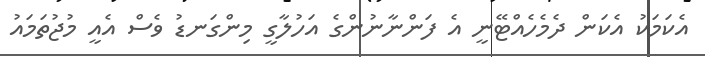
އެކަމަކު އެކަން ދެމެހެއްޓޭނީ އެ ފަންނާނުންގެ އަހުލާގީ މިންގަނޑު ވެސް އެއީ މުޖުތަމައު